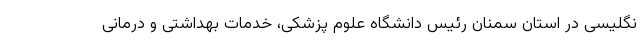
نگلیسی در استان سمنان رئیس دانشگاه علوم پزشکی، خدمات بهداشتی و درمانی